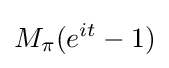
M_{\pi }(e^{it}-1)